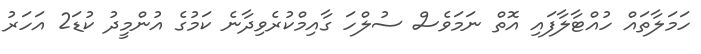
ހަމަލާތައް ހުއްޓާލާފައި އޮތް ނަމަވެސް ސުލްހަ ގާއިމްކުރެވިދާނެ ކަމުގެ އުންމީދު ކުޑަ2 އަހަރު